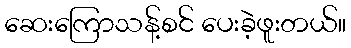
ဆေးကြောသန့်စင် ပေးခဲ့ဖူးတယ်။